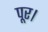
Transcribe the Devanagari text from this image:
पूर।